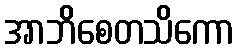
အာဘိစေတသိကော